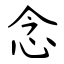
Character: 念